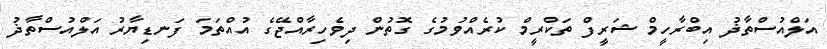
އަލްއުސްތާޛު އިބްރާހީމް ޝަރީފް ތަކްރީމް ކުރެއްވުމުގެ ގޮތުން ދިވެހިރާއްޖޭގެ އުއްތަމަ ފަނޑިޔާރު އަލްއުސްތާޛު